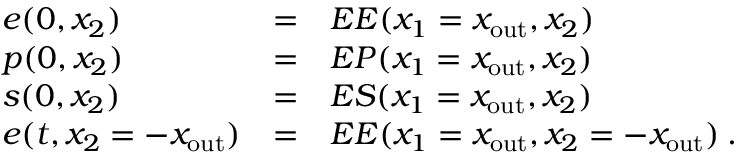
\begin{array} { l l l } { e ( 0 , x _ { 2 } ) } & { = } & { E E ( x _ { 1 } = x _ { \mathrm { o u t } } , x _ { 2 } ) } \\ { p ( 0 , x _ { 2 } ) } & { = } & { E P ( x _ { 1 } = x _ { \mathrm { o u t } } , x _ { 2 } ) } \\ { s ( 0 , x _ { 2 } ) } & { = } & { E S ( x _ { 1 } = x _ { \mathrm { o u t } } , x _ { 2 } ) } \\ { e ( t , x _ { 2 } = - x _ { \mathrm { o u t } } ) } & { = } & { E E ( x _ { 1 } = x _ { \mathrm { o u t } } , x _ { 2 } = - x _ { \mathrm { o u t } } ) \: . } \end{array}